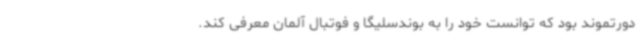
دورتموند بود که توانست خود را به بوندسلیگا و فوتبال آلمان معرفی کند.